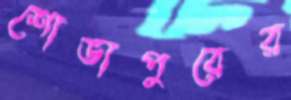
শোভাপুরের